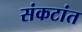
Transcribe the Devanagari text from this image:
संकटांत